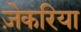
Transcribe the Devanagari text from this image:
ज़ेकरिया